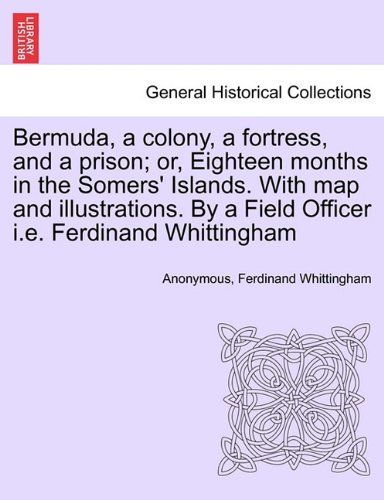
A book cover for Bermuda, a colony, a fortress, and a prison; or, Eighteen months in the Somers' Islands. With map and illustrations. By a Field Officer i.e. Ferdinand Whittingham; Anonymous; Travel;